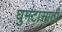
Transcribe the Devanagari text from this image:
घुमटासाठी